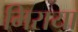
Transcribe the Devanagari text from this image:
मिराया